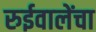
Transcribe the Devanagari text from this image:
रुईवालेंचा